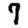
Digit: 7